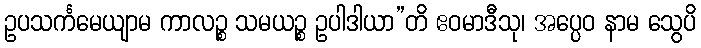
ဥပသင်္ကမေယျာမ ကာလဉ္စ သမယဉ္စ ဥပါဒါယာ”တိ ဧဝမာဒီသု၊ အပ္ပေဝ နာမ သွေပိ